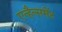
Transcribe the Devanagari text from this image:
एन्हैन्समेंट